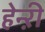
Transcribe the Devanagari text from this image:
हेन्ऱी